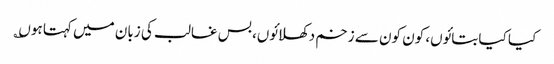
کیا کیا بتائوں، کون کون سے زخم دکھلائوں، بس غالب کی زبان میں کہتا ہوں؎